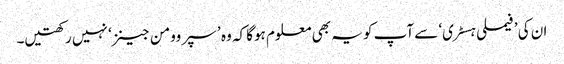
ان کی ’فیملی ہسٹری‘ سے آپ کو یہ بھی معلوم ہوگا کہ وہ ’ سپر وومن جینز‘ نہیں رکھتیں۔